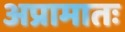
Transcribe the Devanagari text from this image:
अप्रामातः